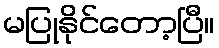
မပြုနိုင်တော့ပြီ။